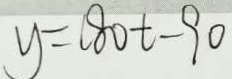
y = ( 8 0 t - 9 0